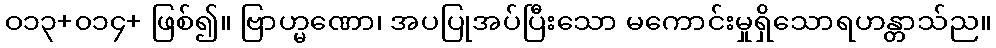
ဝ၁၃+၀၁၄+ ဖြစ်၍။ ဗြာဟ္မဏော၊ အပပြုအပ်ပြီးသော မကောင်းမှုရှိသောရဟန္တာသ်ည။